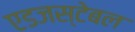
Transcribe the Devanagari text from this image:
एडजस्टेबल